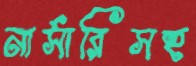
নার্সারিসহ